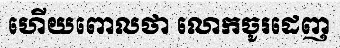
ហើយពោលថា លោកចូរដេញ